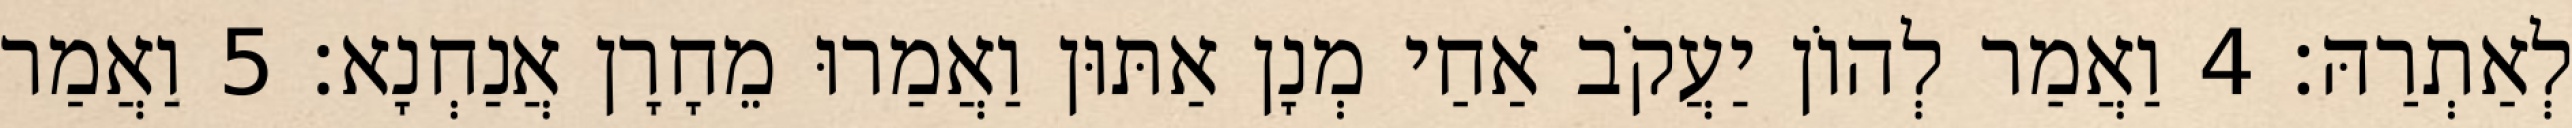
לְאַתְרַהּ׃ 4 וַאֲמַר לְהוֹן יַעֲקֹב אַחַי מְנָן אַתּוּן וַאֲמַרוּ מֵחָרָן אֲנַחְנָא׃ 5 וַאֲמַר